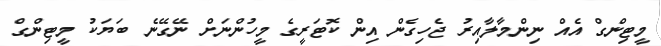
މީޓިންގް އެއް ނިންމާލާއިރު ޖެހިގެން އިން ކޮޓަރީގެ މީހުންނަށް ނޭގޭނެ ބަޔަކު މީޓިންގް